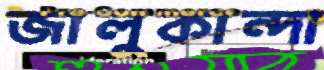
জালুকান্দা